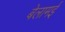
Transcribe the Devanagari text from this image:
बेलामई